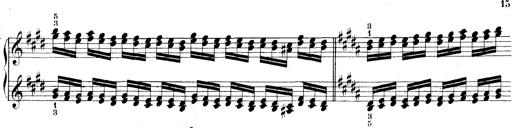
Title: Technische Studien
Composer: Franz Liszt